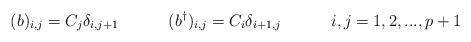
LaTeX: \begin{align*}(b)_{i,j}=C_{j}\delta_{i,j+1}\hspace{.5in}(b^{\dag})_{i,j}=C_{i}\delta_{i+1,j}\hspace{.5in}i,j=1,2,...,p+1\end{align*}